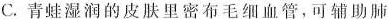
C.青蛙湿润的皮肤里密布毛细血管，可辅助肺